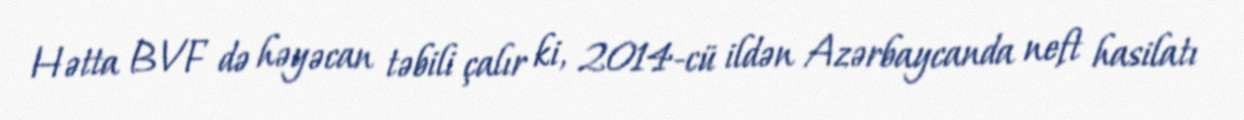
Hətta BVF də həyəcan təbili çalır ki, 2014-cü ildən Azərbaycanda neft hasilatı